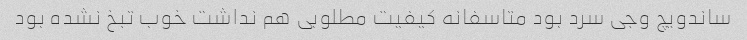
ساندویچ وجی سرد بود متاسفانه کیفیت مطلوبی هم نداشت خوب تبخ نشده بود